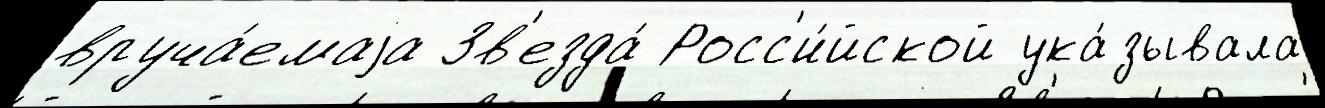
вруча́емаjа Зв'езда́ Росс'и́йской ука́зывала